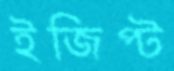
ইজিপ্ট